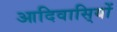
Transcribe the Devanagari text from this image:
आदिवासि्यों